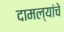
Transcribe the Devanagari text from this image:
दामल्यांचे